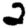
Digit: 2